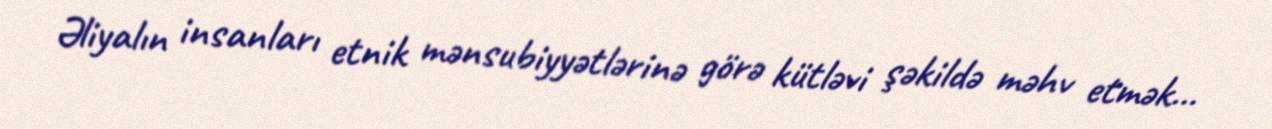
Əliyalın insanları etnik mənsubiyyətlərinə görə kütləvi şəkildə məhv etmək...